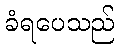
ခံရပေသည်